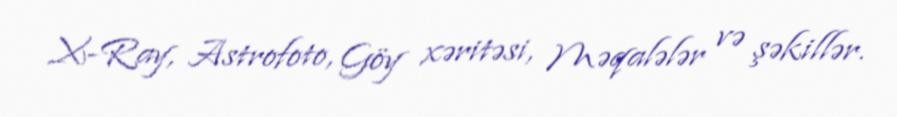
X-Ray, Astrofoto, Göy xəritəsi, Məqalələr və şəkillər.